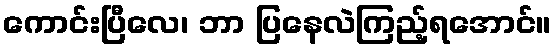
ကောင်းပြီလေ၊ ဘာ ပြနေလဲကြည့်ရအောင်။